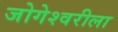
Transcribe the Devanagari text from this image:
जोगेश्वरीला